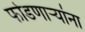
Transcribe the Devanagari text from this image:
फोडणाऱ्यांना